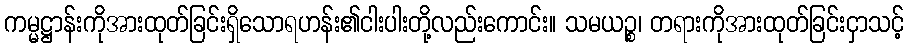
ကမ္မဋ္ဌာန်းကိုအားထုတ်ခြင်းရှိသောရဟန်း၏ငါးပါးတို့လည်းကောင်း။ သမယဉ္စ၊ တရားကိုအားထုတ်ခြင်းငှာသင့်